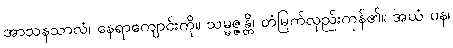
အာသနသာလံ၊ နေရာကျောင်းကို။ သမ္မဇ္ဇန္တိ၊ တံမြက်လှည်းကုန်၏။ အယံ ပန၊